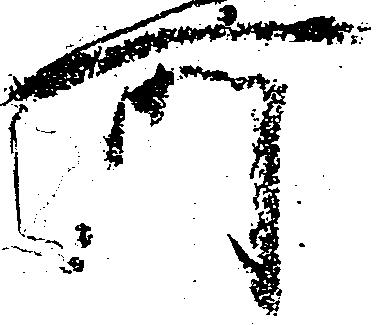
所